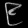
Digit: ၉